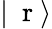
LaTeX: |\mathrm{~\mathbf~r~}\rangle